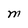
Character: M